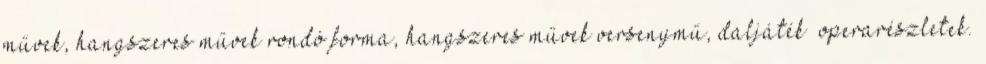
művek, hangszeres művek rondó forma, hangszeres művek versenymű, daljáték operarészletek.